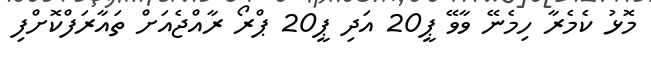
މޮޅު ކެމެރާ ހިމެނޭ ވާވޭ ޕީ20 އަދި ޕީ20 ޕްރޯ ރާއްޖެއަށް ތައާރަފްކޮށްފި